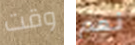
وقت نعم